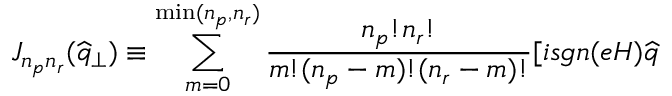
J _ { n _ { p } n _ { r } } ( \widehat { q } _ { \perp } ) \equiv \sum _ { m = 0 } ^ { \operatorname * { m i n } ( n _ { p } , n _ { r } ) } \frac { n _ { p } ! n _ { r } ! } { m ! ( n _ { p } - m ) ! ( n _ { r } - m ) ! } [ i s g n ( e H ) \widehat { q }